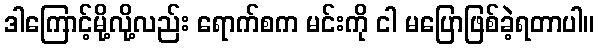
ဒါကြောင့်မို့လို့လည်း ရောက်စက မင်းကို ငါ မပြောဖြစ်ခဲ့ရတာပါ။